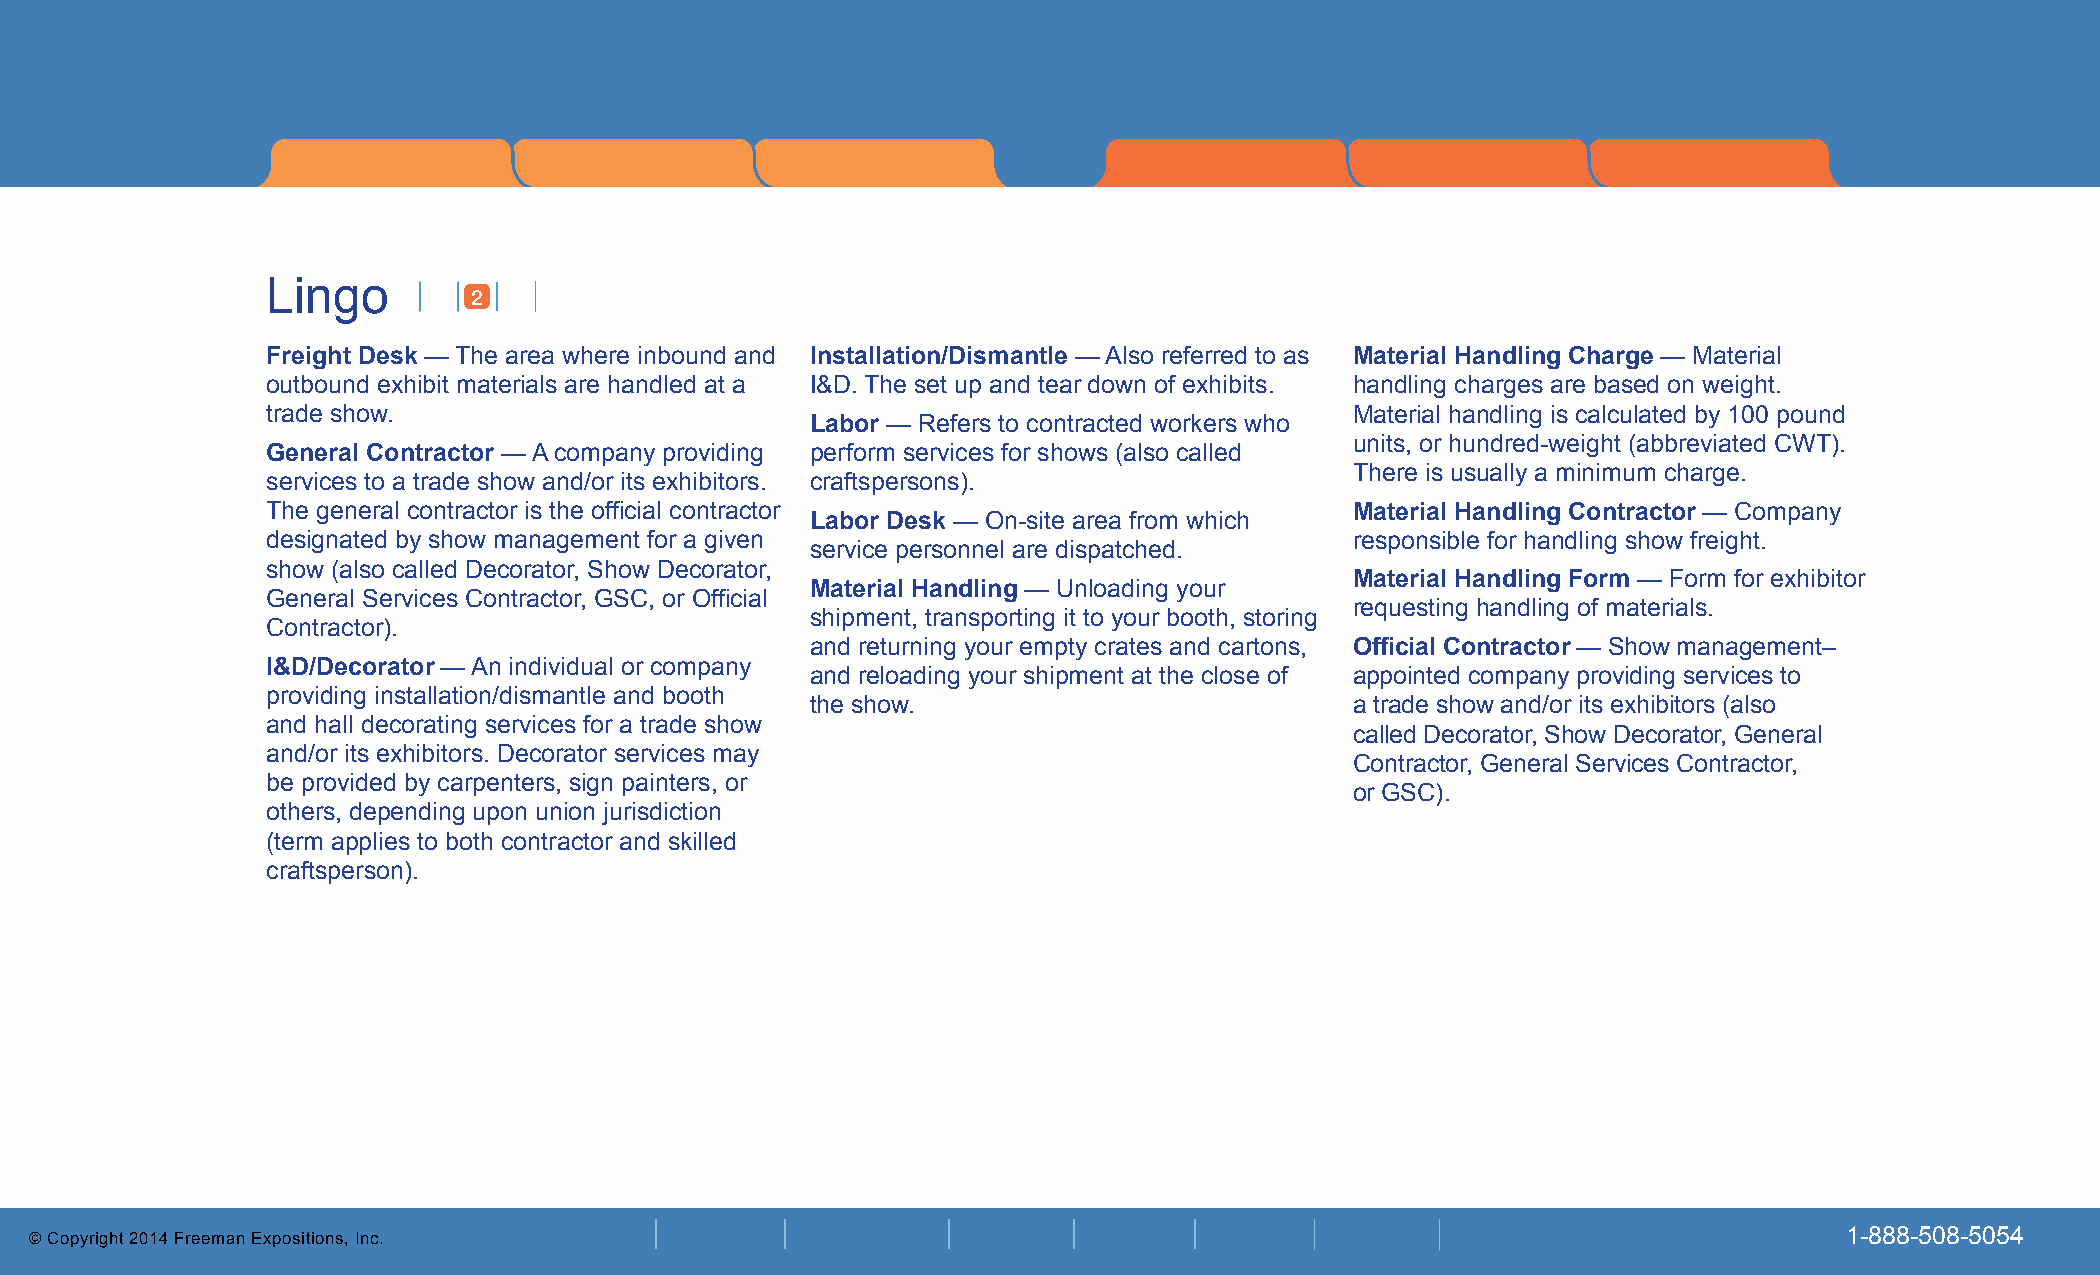
Lingo 2
 Lingo
 2
 Freight Desk — The area where inbound and Installation/Dismantle — Also referred to as Material Handling Charge — Material
 outbound exhibit materials are handled at a I&D. The set up and tear down of exhibits. handling charges are based on weight.
 trade show.                                                             Material handling is calculated by 100 pound
 Labor — Refers to contracted workers who
 units, or hundred-weight (abbreviated CWT).
 General Contractor — A company providing perform services for shows (also called
 There is usually a minimum charge.
 services to a trade show and/or its exhibitors. craftspersons).
 The general contractor is the official contractor                       Material Handling Contractor — Company
 Labor Desk — On-site area from which
 designated by show management for a given                               responsible for handling show freight.
 service personnel are dispatched.
 show (also called Decorator, Show Decorator,
 Material Handling Form — Form for exhibitor
 Material Handling — Unloading your
 General Services Contractor, GSC, or Official
 requesting handling of materials.
 shipment, transporting it to your booth, storing
 Contractor).
 and returning your empty crates and cartons, Official Contractor — Show management–
 I&D/Decorator — An individual or company
 and reloading your shipment at the close of appointed company providing services to
 providing installation/dismantle and booth
 the show.                           a trade show and/or its exhibitors (also
 and hall decorating services for a trade show
 called Decorator, Show Decorator, General
 and/or its exhibitors. Decorator services may
 Contractor, General Services Contractor,
 be provided by carpenters, sign painters, or
 or GSC).
 others, depending upon union jurisdiction
 (term applies to both contractor and skilled
 craftsperson).
 © Copyright 2014 Freeman Expositions, Inc.                                                                              1-888-508-5054